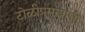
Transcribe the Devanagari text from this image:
टोळीप्रमुखाची